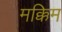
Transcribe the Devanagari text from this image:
मक्किम